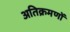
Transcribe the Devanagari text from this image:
अतिक्रमणों